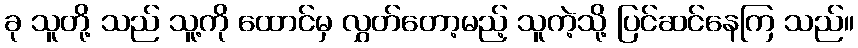
ခု သူတို့ သည် သူ့ကို ထောင်မှ လွှတ်တော့မည့် သူကဲ့သို့ ပြင်ဆင်နေကြ သည်။